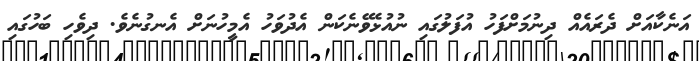
އަނެކާއަށް ދެރައެއް ދިނުމަށްފަހު އުފަލުގައި ނުއުޅެވޭނެކަން އެދުވަހު އެމީހުނަށް އެނގުނެވެ. ދިވެހި ބަހުގައި